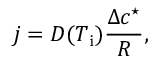
j = { \cal D } ( T _ { \mathrm { i } } ) \frac { \Delta c ^ { \star } } { R } ,